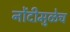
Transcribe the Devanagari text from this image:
नोंदीमुळेच